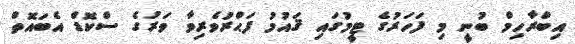
އިބްރާހިމް ބުނީ މި ފަހަރުގެ ޓީމުގައި ޤައުމު ފަޙްރުވެރިވާ ވަރުގެ ސްކޮޑް އެބައޮތް